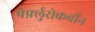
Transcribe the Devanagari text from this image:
पेर्फ़्लुरोकर्बोन